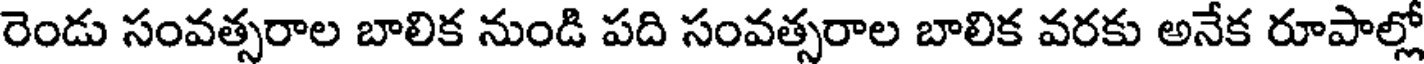
రెండు సంవత్సరాల బాలిక నుండి పది సంవత్సరాల బాలిక వరకు అనేక రూపాల్లో